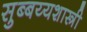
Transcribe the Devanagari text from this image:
सुब्बय्यशास्त्री